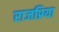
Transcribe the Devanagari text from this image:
राजप्रिया